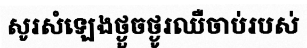
សូរសំឡេងថ្ងួចថ្ងូរឈឺចាប់របស់